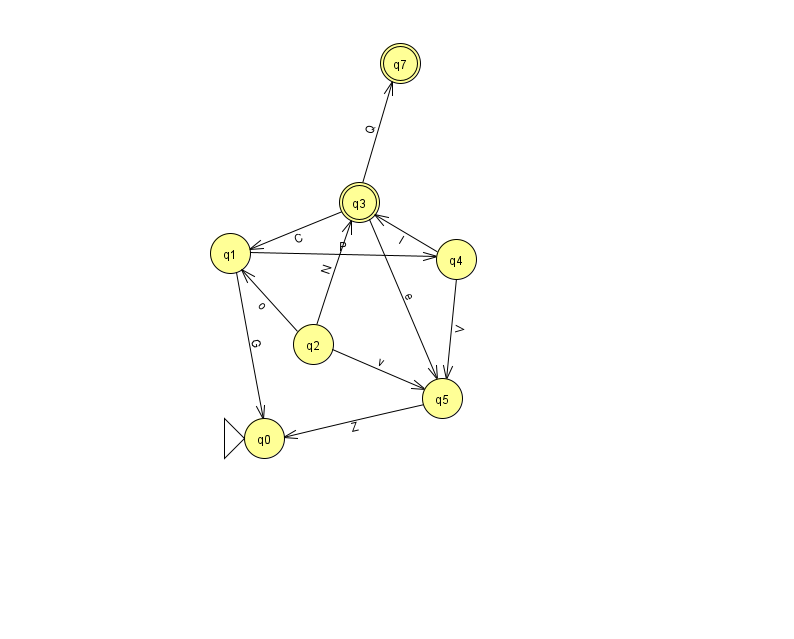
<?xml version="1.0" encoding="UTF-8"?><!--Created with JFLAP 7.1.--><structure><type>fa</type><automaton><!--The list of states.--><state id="0" name="q0"><x>264.0</x><y>425.0</y><initial/></state><state id="1" name="q1"><x>230.0</x><y>240.0</y></state><state id="2" name="q2"><x>313.0</x><y>331.0</y></state><state id="3" name="q3"><x>359.0</x><y>189.0</y><final/></state><state id="4" name="q4"><x>456.0</x><y>246.0</y></state><state id="5" name="q5"><x>442.0</x><y>385.0</y></state><state id="7" name="q7"><x>400.0</x><y>50.0</y><final/></state><!--The list of transitions.--><transition><from>4</from><to>5</to><read>V</read></transition><transition><from>3</from><to>1</to><read>C</read></transition><transition><from>3</from><to>7</to><read>Q</read></transition><transition><from>4</from><to>3</to><read>I</read></transition><transition><from>1</from><to>0</to><read>G</read></transition><transition><from>2</from><to>5</to><read>v</read></transition><transition><from>2</from><to>3</to><read>N</read></transition><transition><from>2</from><to>1</to><read>o</read></transition><transition><from>3</from><to>5</to><read>e</read></transition><transition><from>5</from><to>0</to><read>Z</read></transition><transition><from>1</from><to>4</to><read>P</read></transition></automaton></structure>